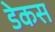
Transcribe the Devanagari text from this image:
डेकस